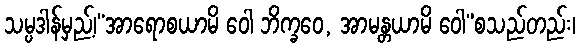
သမ္ပဒါန်မှည့်၊“အာရောစယာမိ ဝေါ ဘိက္ခဝေ, အာမန္တယာမိ ဝေါ”စသည်တည်း၊